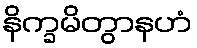
နိက္ခမိတွာနဟံ